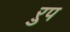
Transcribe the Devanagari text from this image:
ऱुप